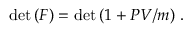
\operatorname * { d e t } { ( F ) } = \operatorname * { d e t } { ( 1 + P V / m ) } ~ .